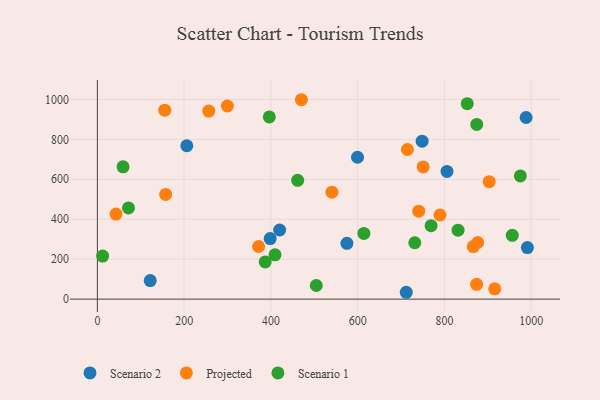
{"axis": {"x": "Experience", "y": "Profit"}, "legend": ["Projected", "Scenario 1", "Scenario 2"], "data": [{"x": "599.7", "y": 710.4, "type": "Scenario 2"}, {"x": "806.0", "y": 639.3, "type": "Scenario 2"}, {"x": "748.7", "y": 790.9, "type": "Scenario 2"}, {"x": "712.1", "y": 34.3, "type": "Scenario 2"}, {"x": "575.3", "y": 279.4, "type": "Scenario 2"}, {"x": "991.3", "y": 258.0, "type": "Scenario 2"}, {"x": "398.3", "y": 303.3, "type": "Scenario 2"}, {"x": "420.2", "y": 346.1, "type": "Scenario 2"}, {"x": "206.2", "y": 767.8, "type": "Scenario 2"}, {"x": "121.8", "y": 92.9, "type": "Scenario 2"}, {"x": "988.4", "y": 909.3, "type": "Scenario 2"}, {"x": "740.8", "y": 440.4, "type": "Projected"}, {"x": "256.8", "y": 941.7, "type": "Projected"}, {"x": "903.3", "y": 588.2, "type": "Projected"}, {"x": "42.9", "y": 425.8, "type": "Projected"}, {"x": "371.6", "y": 263.5, "type": "Projected"}, {"x": "157.4", "y": 524.3, "type": "Projected"}, {"x": "540.8", "y": 535.3, "type": "Projected"}, {"x": "916.0", "y": 51.5, "type": "Projected"}, {"x": "866.5", "y": 263.0, "type": "Projected"}, {"x": "876.8", "y": 283.4, "type": "Projected"}, {"x": "299.7", "y": 966.9, "type": "Projected"}, {"x": "789.9", "y": 421.3, "type": "Projected"}, {"x": "714.7", "y": 749.1, "type": "Projected"}, {"x": "751.0", "y": 662.1, "type": "Projected"}, {"x": "874.3", "y": 74.2, "type": "Projected"}, {"x": "155.3", "y": 945.8, "type": "Projected"}, {"x": "470.3", "y": 998.3, "type": "Projected"}, {"x": "59.2", "y": 662.5, "type": "Scenario 1"}, {"x": "874.6", "y": 874.8, "type": "Scenario 1"}, {"x": "71.7", "y": 456.8, "type": "Scenario 1"}, {"x": "386.9", "y": 186.3, "type": "Scenario 1"}, {"x": "852.7", "y": 978.7, "type": "Scenario 1"}, {"x": "614.4", "y": 328.9, "type": "Scenario 1"}, {"x": "769.3", "y": 367.8, "type": "Scenario 1"}, {"x": "396.4", "y": 912.1, "type": "Scenario 1"}, {"x": "461.7", "y": 594.8, "type": "Scenario 1"}, {"x": "504.7", "y": 68.2, "type": "Scenario 1"}, {"x": "956.5", "y": 319.6, "type": "Scenario 1"}, {"x": "831.5", "y": 345.4, "type": "Scenario 1"}, {"x": "731.7", "y": 282.2, "type": "Scenario 1"}, {"x": "975.1", "y": 617.0, "type": "Scenario 1"}, {"x": "12.1", "y": 215.7, "type": "Scenario 1"}, {"x": "409.5", "y": 221.6, "type": "Scenario 1"}]}